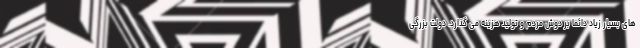
های بسیار زیاد دائما بر دوش مردم و تولید هزینه می گذارد. دولت بزرگی